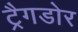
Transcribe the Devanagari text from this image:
ट्रैगडोर